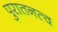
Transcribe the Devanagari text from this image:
पुरातनत्व